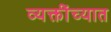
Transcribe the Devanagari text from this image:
व्यक्तींच्यात